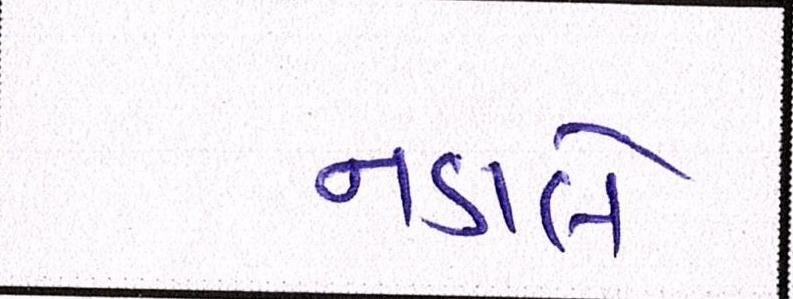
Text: નડાલે